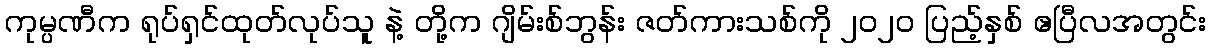
ကုမ္ပဏီက ရုပ်ရှင်ထုတ်လုပ်သူ နဲ့ တို့က ဂျိမ်းစ်ဘွန်း ဇတ်ကားသစ်ကို ၂၀၂၀ ပြည့်နှစ် ဧပြီလအတွင်း